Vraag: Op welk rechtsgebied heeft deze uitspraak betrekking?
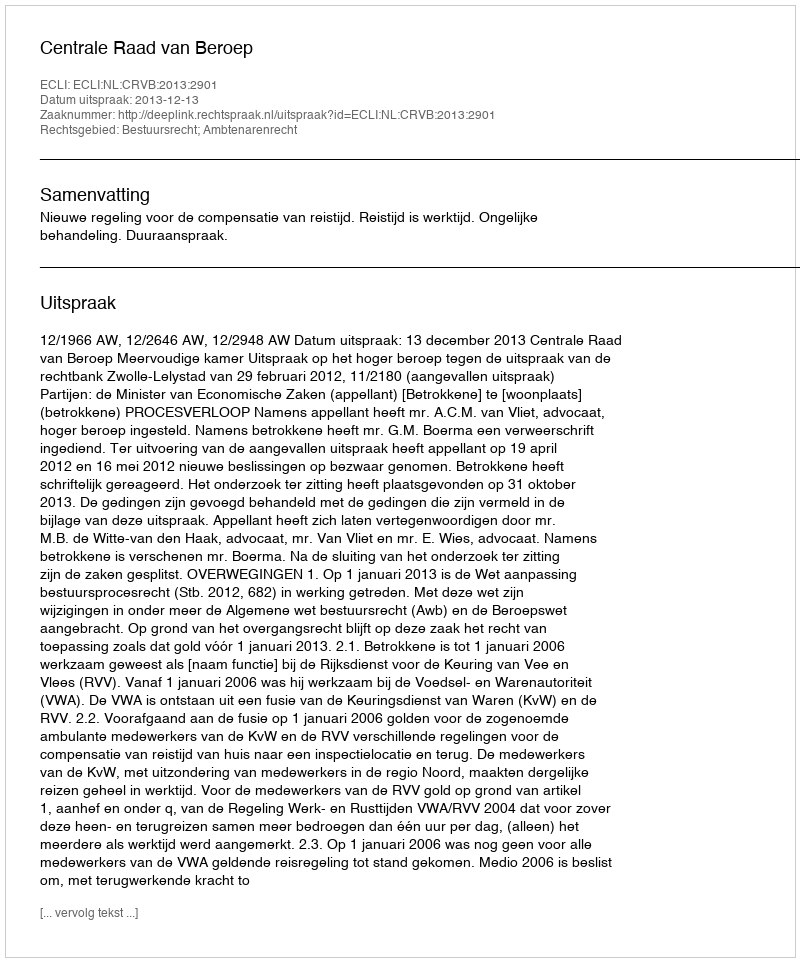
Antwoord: Bestuursrecht; Ambtenarenrecht